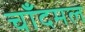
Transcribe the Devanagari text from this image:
चाँदमल